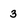
Character: 3